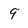
Character: 9